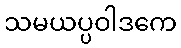
သမယပ္ပဝါဒကေ